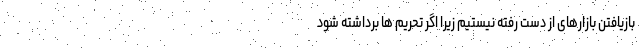
بازیافتن بازارهای از دست رفته نیستیم زیرا اگر تحریم ها برداشته شود